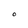
Character: O